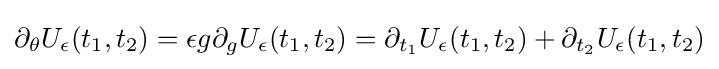
\partial _{\theta }U_{\epsilon }(t_{1},t_{2})=\epsilon g\partial _{g}U_{\epsilon }(t_{1},t_{2})=\partial _{t_{1}}U_{\epsilon }(t_{1},t_{2})+\partial _{t_{2}}U_{\epsilon }(t_{1},t_{2})